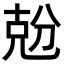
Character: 兝